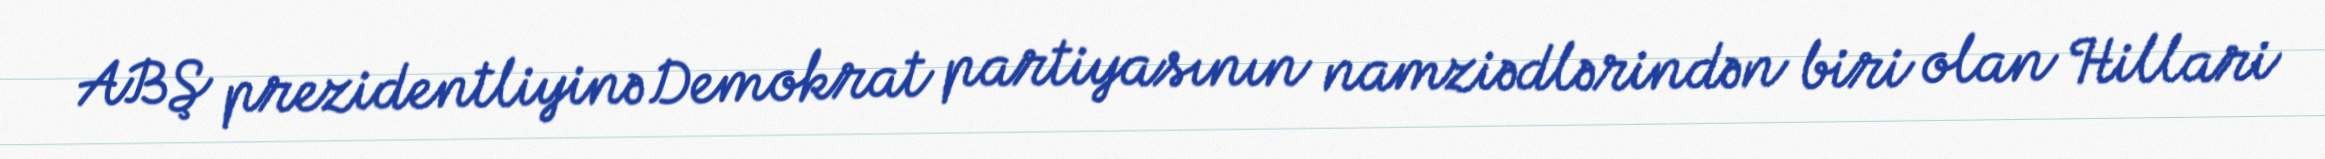
ABŞ prezidentliyinə Demokrat partiyasının namziədlərindən biri olan Hillari